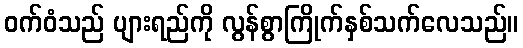
ဝက်ဝံသည် ပျားရည်ကို လွန်စွာကြိုက်နှစ်သက်လေသည်။